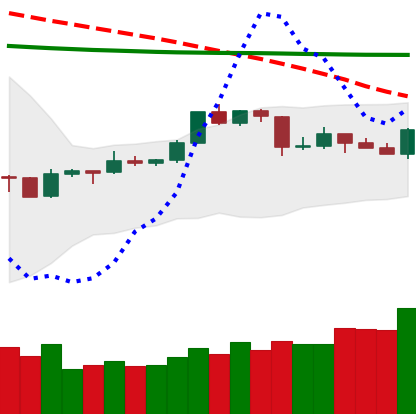
Ticker: TRX-USD
Chart end date: 2020-04-16
Forward return: -3.496%
Label: down_3_5